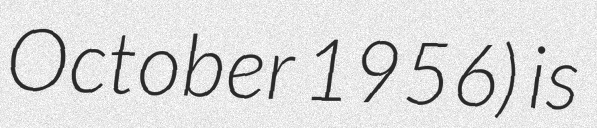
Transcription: October 1956) is